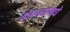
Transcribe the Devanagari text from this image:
कंपन्यांमधे